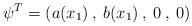
LaTeX: \begin{align*} \psi^{T}= (a(x_{1})\:,\:b(x_{1})\:,\:0\:,\:0)\end{align*}